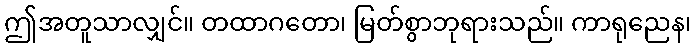
ဤအတူသာလျှင်။ တထာဂတော၊ မြတ်စွာဘုရားသည်။ ကာရုညေန၊